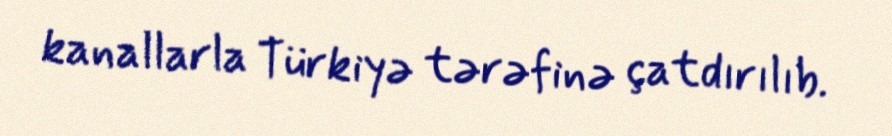
kanallarla Türkiyə tərəfinə çatdırılıb.